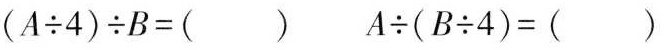
$$(A \div 4) \div B = ()$$ $$A \div (B \div 4) = ()$$